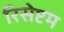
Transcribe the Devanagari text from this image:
रिसेप्टम